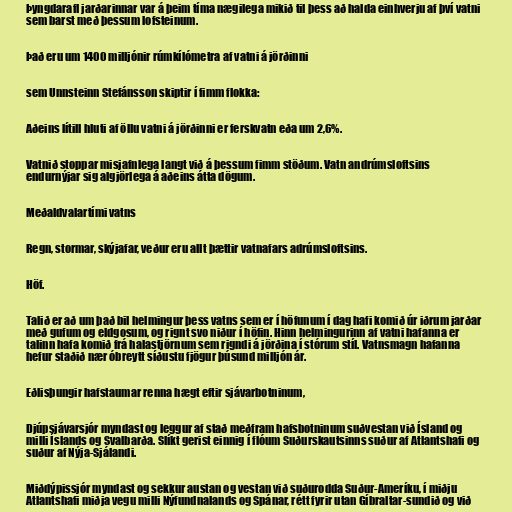
Þyngdarafl jarðarinnar var á þeim tíma nægilega mikið til þess að halda einhverju af því vatni
sem barst með þessum lofsteinum.

Það eru um 1400 milljónir rúmkílómetra af vatni á jörðinni

sem Unnsteinn Stefánsson skiptir í fimm flokka:

Aðeins lítill hluti af öllu vatni á jörðinni er ferskvatn eða um 2,6%.

Vatnið stoppar misjafnlega langt við á þessum fimm stöðum. Vatn andrúmsloftsins
endurnýjar sig algjörlega á aðeins átta dögum.

Meðaldvalartími vatns

Regn, stormar, skýjafar, veður eru allt þættir vatnafars adrúmsloftsins.

Höf.

Talið er að um það bil helmingur þess vatns sem er í höfunum í dag hafi komið úr iðrum jarðar
með gufum og eldgosum, og rignt svo niður í höfin. Hinn helmingurinn af vatni hafanna er
talinn hafa komið frá halastjörnum sem rigndi á jörðina í stórum stíl. Vatnsmagn hafanna
hefur staðið nær óbreytt síðustu fjögur þúsund milljón ár.

Eðlisþungir hafstaumar renna hægt eftir sjávarbotninum,

Djúpsjávarsjór myndast og leggur af stað meðfram hafsbotninum suðvestan við Ísland og
milli Íslands og Svalbarða. Slíkt gerist einnig í flóum Suðurskautsinns suður af Atlantshafi og
suður af Nýja-Sjálandi.

Miðdýpissjór myndast og sekkur austan og vestan við suðurodda Suður-Ameríku, í miðju
Atlantshafi miðja vegu milli Nýfundnalands og Spánar, rétt fyrir utan Gíbraltar-sundið og við